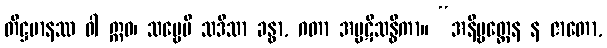
တိဋ္ဌမာနဿ ဝါ ဣဓ၊ သဗ္ဗေပိ သဒိသာ ခန္ဓာ, ဂတာ အပ္ပဋိသန္ဓိကာ။ “အနိဗ္ဗတ္တေန န ဇာတော,